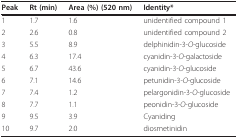
<table><thead><tr><td><b>Peak</b></td><td><b>Rt (min)</b></td><td><b>Area (%) (520 nm)</b></td><td><b>Identity*</b></td></tr></thead><tbody><tr><td>1</td><td>1.7</td><td>1.6</td><td>unidentified compound 1</td></tr><tr><td>2</td><td>2.6</td><td>0.8</td><td>unidentified compound 2</td></tr><tr><td>3</td><td>5.5</td><td>8.9</td><td>delphinidin-3-<i>O</i>-glucoside</td></tr><tr><td>4</td><td>6.3</td><td>17.4</td><td>cyanidin-3-<i>O</i>-galactoside</td></tr><tr><td>5</td><td>6.7</td><td>43.6</td><td>cyanidin-3-<i>O</i>-glucoside</td></tr><tr><td>6</td><td>7.1</td><td>14.6</td><td>petunidin-3-<i>O</i>-glucoside</td></tr><tr><td>7</td><td>7.4</td><td>1.2</td><td>pelargonidin-3-<i>O</i>-glucoside</td></tr><tr><td>8</td><td>7.7</td><td>1.1</td><td>peonidin-3-<i>O</i>-glucoside</td></tr><tr><td>9</td><td>9.5</td><td>3.9</td><td>Cyaniding</td></tr><tr><td>10</td><td>9.7</td><td>2.0</td><td>diosmetinidin</td></tr></tbody></table>